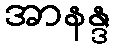
အာနန္ဒ